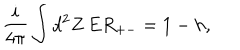
\frac { i } { 4 \pi } \int d ^ { 2 } Z \, E R _ { + - } = 1 - h ,